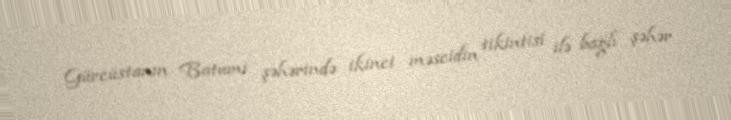
Gürcüstanın Batumi şəhərində ikinci məscidin tikintisi ilə bağlı şəhər